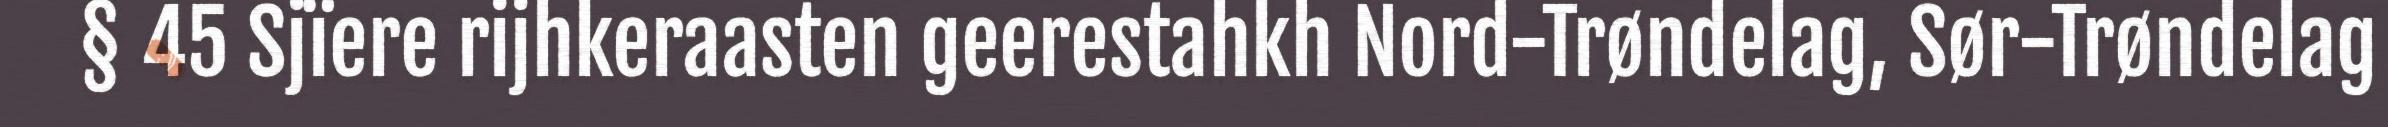
§ 45 Sjïere rijhkeraasten geerestahkh Nord-Trøndelag, Sør-Trøndelag